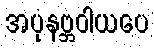
အပုနဗ္ဘဝါယပေ